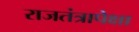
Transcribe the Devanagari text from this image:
राजतंत्रापेक्षा